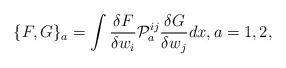
\begin{align*}\{F, G\}_a=\int \frac{\delta F}{\delta w_i} \mathcal{P}_a^{ij} \frac{\delta G}{\delta w_j} dx,a=1,2, \end{align*}